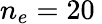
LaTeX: n_{e}=20\